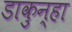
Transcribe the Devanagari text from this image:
डाकुन्हा